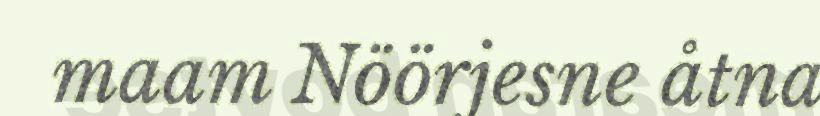
maam Nöörjesne åtna